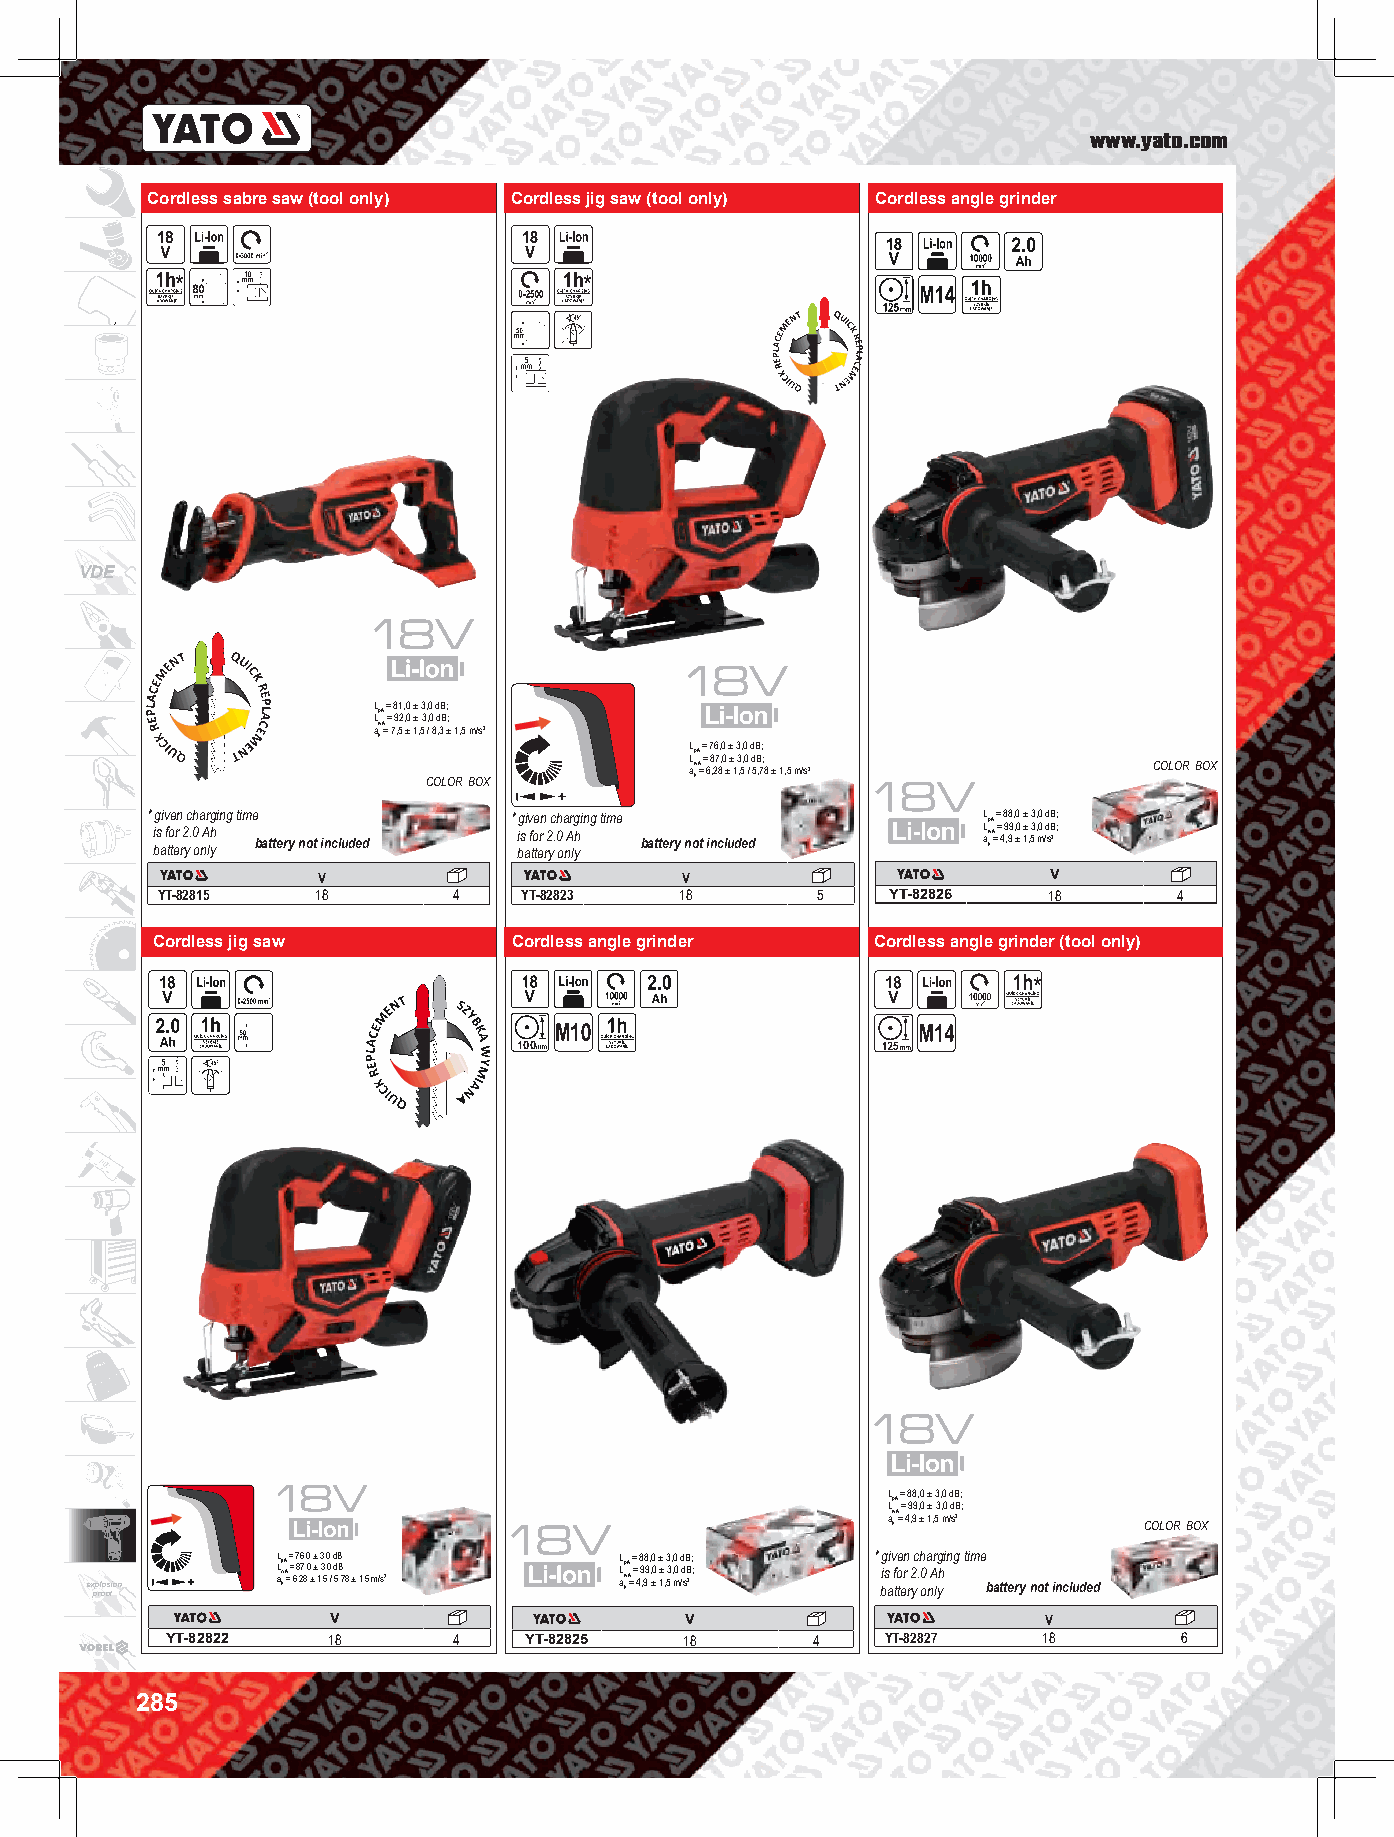
www.yato.com
 Cordless sabre saw (tool only) Cordless jig saw (tool only) Cordless angle grinder
 *                          *
 VDE
 L = 81,0 ± 3,0 dB;
 LpA = 92,0 ± 3,0 dB;
 aw A= 7,5 ± 1,5 / 8,3 ± 1,5 m/s2
 h
 L = 76,0 ± 3,0 dB;
 LpA = 87,0 ± 3,0 dB;
 aw A= 6,28 ± 1,5 / 5,78 ± 1,5 m/s2 COLOR BOX
 COLOR BOX         h
 * i bg s ai v f toe tern r2 yc . h 0 oa nAr lyhg ing time b attery not included * i bg s ai v f toe tern r2 yc . h 0 oa nAr lyhg ing time battery not included L aL p w hA A= = = 4 8 9 ,98 9 , , ±0 0 ± 1± , 53 3 , , m0 0 /d d sB B 2; ;
 V                       V                       V
 YT-82815   18       4    YT-82823  18       5    YT-82826  18       4
 Cordless jig saw        Cordless angle grinder  Cordless angle grinder (tool only)
 *
 100
 L = 88,0 ± 3,0 dB;
 LpA = 99,0 ± 3,0 dB;
 aw A= 4,9 ± 1,5 m/s2
 h                COLOR BOX
 e x pp rl oo os fion L aLp w hA A= = = 6 7 8 ,26 7 8, ,0 0 ± ± ± 1 3 3 ,5, ,0 0 / d d 5B B ,7; ; 8 ± 1,5 m/s2 L aL p w hA A= = = 4 8 9 ,98 9 , , ±0 0 ± 1± , 53 3 , , m0 0 /d d sB B 2; ; * i bg s ai v f toe tern r2 yc . h 0 oa nAr lyhg ing time battery not included
 V                      V                       V
 YT-82822   18      4    YT-82825  18       4    YT-82827  18       6
 285